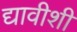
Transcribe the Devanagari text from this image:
द्यावीशी